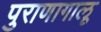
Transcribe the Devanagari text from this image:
पुराणागालू